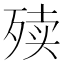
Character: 㱩